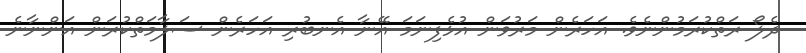
ދެލޯ ރަތްކުރަމުންނެވެ. އަހަރެން މަރުވަން އުޅެފިނަމަ އޭނާ އެނބުރި އަހަރެން ސަލާމަތްކުރަން އަންނާނެ